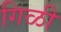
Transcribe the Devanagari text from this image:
गिळी